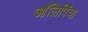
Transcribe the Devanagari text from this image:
आॅलिपिंया